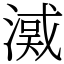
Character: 㵄